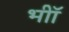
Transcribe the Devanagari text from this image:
भीॉ